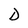
Character: D